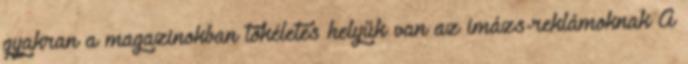
gyakran a magazinokban tökéletes helyük van az imázs-reklámoknak A